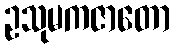
ဥသုမကဇာတော